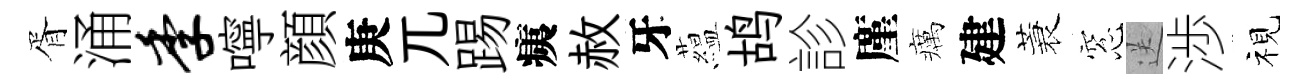
胥涌季嚀顔庚兀踢痍赦牙藴鸪診廑癘建蓑窓送渉视